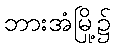
ဘားအံမြို့၌